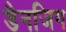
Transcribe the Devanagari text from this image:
डैनजिग